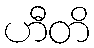
ဟီတိ